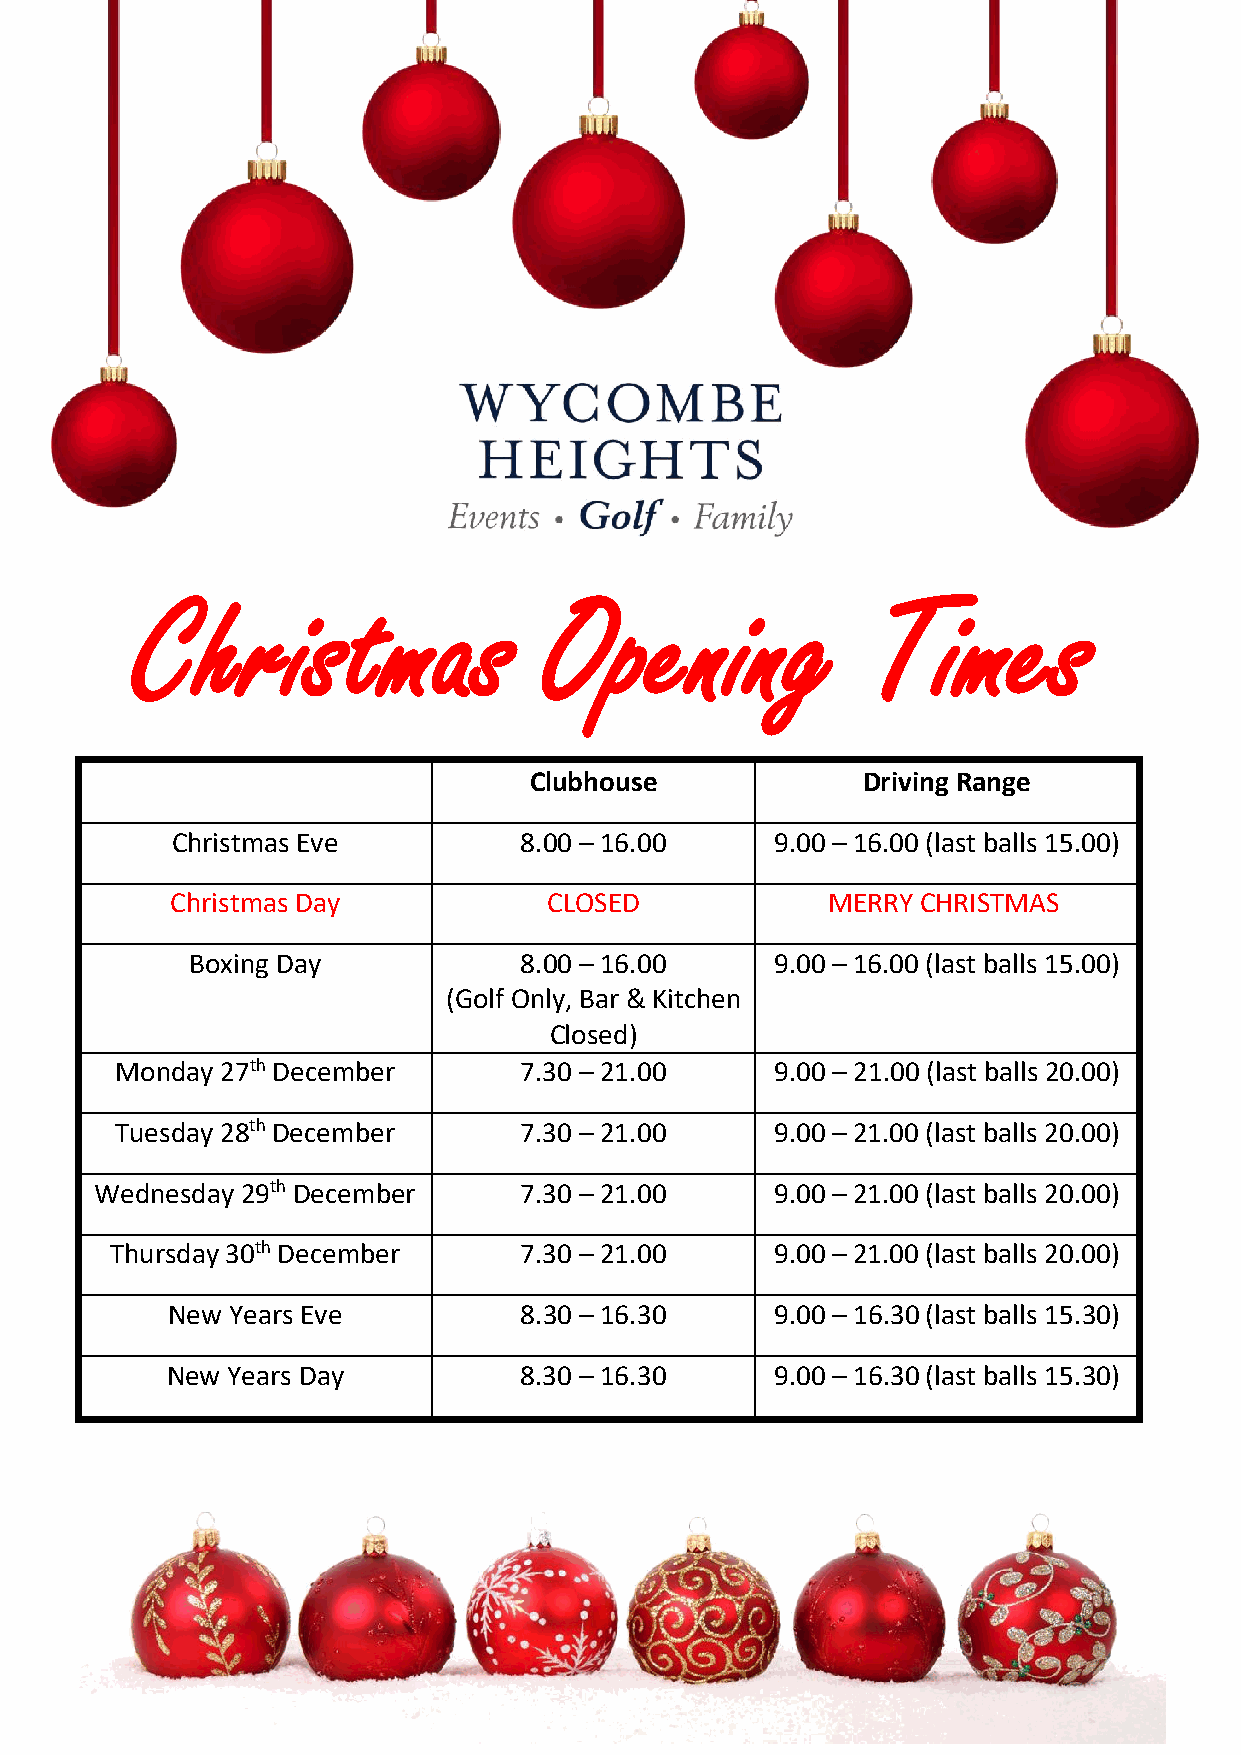
Christmas                  Opening               Times
 Clubhouse             Driving Range
 Christmas Eve          8.00 – 16.00     9.00 – 16.00 (last balls 15.00)
 Christmas Day            CLOSED             MERRY CHRISTMAS
 Boxing Day           8.00 – 16.00     9.00 – 16.00 (last balls 15.00)
 (Golf Only, Bar & Kitchen
 Closed)
 Monday 27th December      7.30 – 21.00     9.00 – 21.00 (last balls 20.00)
 Tuesday 28th December     7.30 – 21.00     9.00 – 21.00 (last balls 20.00)
 Wednesday 29th December     7.30 – 21.00     9.00 – 21.00 (last balls 20.00)
 Thursday 30th December     7.30 – 21.00     9.00 – 21.00 (last balls 20.00)
 New Years Eve          8.30 – 16.30     9.00 – 16.30 (last balls 15.30)
 New Years Day          8.30 – 16.30     9.00 – 16.30 (last balls 15.30)